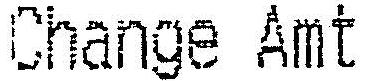
CHANGE AMT